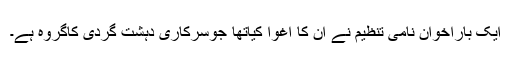
ایک باراخوان نامی تنظیم نے ان کا اغوا کیاتھا جوسرکاری دہشت گردی کاگروہ ہے۔